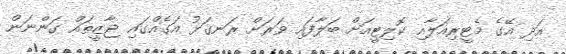
އަދި އޭގެ މެޓީރިއަލާއި ކޮލިޓީއަށް ބަލާފައި ވަރަށް ރަނގަޅު އަގެއްގައި ޖާޒީތައް ގަންނަން